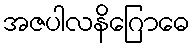
အဇပါလနိဂြောဓေ